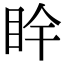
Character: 𥄺